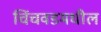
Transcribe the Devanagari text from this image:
चिंचवडमधील